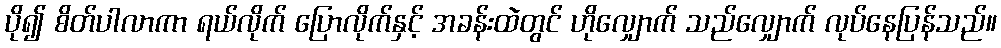
ပို၍ စိတ်ပါလာကာ ရယ်လိုက် ပြောလိုက်နှင့် အခန်းထဲတွင် ဟိုလျှောက် သည်လျှောက် လုပ်နေပြန်သည်။